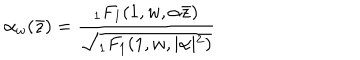
\alpha _ { w } ( \bar { z } ) = \frac { { } _ { 1 } F _ { 1 } ( 1 , w , \alpha \bar { z } ) } { \sqrt { { } _ { 1 } F _ { 1 } ( 1 , w , \vert \alpha \vert ^ { 2 } ) } }